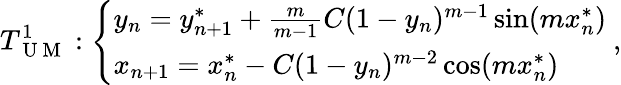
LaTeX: T_{\mathrm{~U~M~}}^{1}:\left\{ \begin{array}{ll}{y_{n}=y_{n+1}^{*}+\frac{m}{m-1}C(1-y_{n})^{m-1}\sin(mx_{n}^{*})}\\ {x_{n+1}=x_{n}^{*}-C(1-y_{n})^{m-2}\cos(mx_{n}^{*})}\end{array}\right.~,